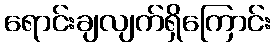
ရောင်းချလျက်ရှိကြောင်း